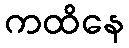
ကထိနေ